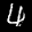
Label: 4